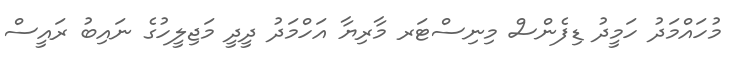
މުހައްމަދު ހަމީދު ޑިފެންސް މިނިސްޓަރ މާރިޔާ އަހްމަދު ދީދީ މަޖިލީހުގެ ނައިބު ރައީސް